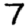
Digit: 7